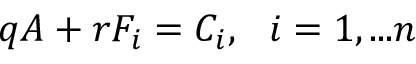
q A + r F _ { i } = C _ { i } , ~ ~ i = 1 , . . . n